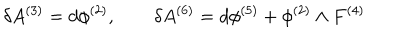
\delta A ^ { ( 3 ) } = d \phi ^ { ( 2 ) } , \qquad \delta A ^ { ( 6 ) } = d \phi ^ { ( 5 ) } + \phi ^ { ( 2 ) } \wedge F ^ { ( 4 ) }